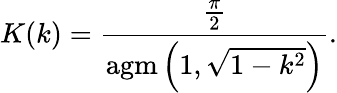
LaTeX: K(k)={\frac{\frac{\pi}{2}}{\operatorname{agm}\left(1,{\sqrt{1-k^{2}}}\right)}}.